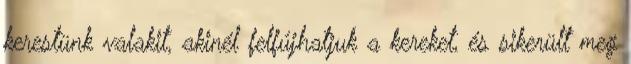
kerestünk valakit, akinél felfújhatjuk a kereket, és sikerült meg